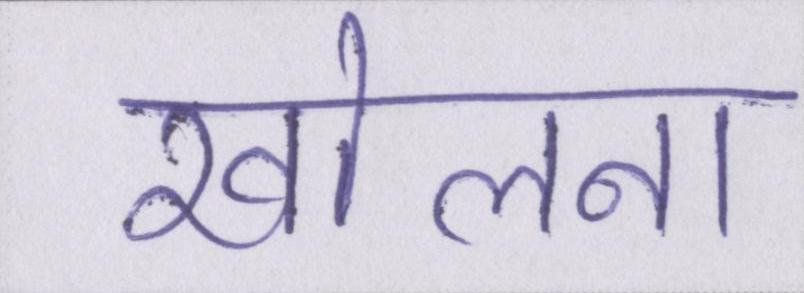
खोलना